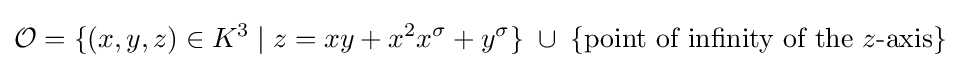
{\mathcal {O}}=\{(x,y,z)\in K^{3}\;|\;z=xy+x^{2}x^{\sigma }+y^{\sigma }\}\;\cup \;\{{\text{point of infinity of the }}z{\text{-axis}}\}